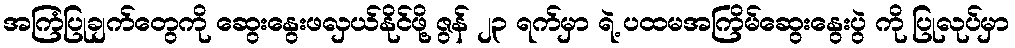
အကြံပြုချက်တွေကို ဆွေးနွေးဖလှယ်နိုင်ဖို့ ဇွန် ၂၃ ရက်မှာ ရဲ့ ပထမအကြိမ်ဆွေးနွေးပွဲ ကို ပြုလုပ်မှာ